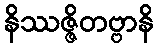
နိဿဇ္ဇိတဗ္ဗာနိ